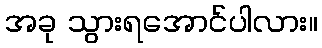
အခု သွားရအောင်ပါလား။